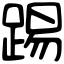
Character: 踢